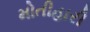
મોતીહારી